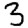
Digit: 3